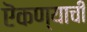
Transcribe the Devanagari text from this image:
ऎकण्याची